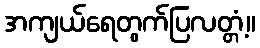
အကျယ်ရေတွက်ပြလတ္တံ့။